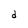
Character: d